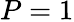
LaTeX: P=1